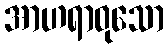
အာဟရာဝုသော